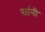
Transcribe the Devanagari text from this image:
सांनी